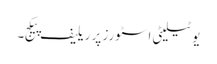
یوٹیلیٹی اسٹورز پر ریلیف پیکج۔